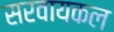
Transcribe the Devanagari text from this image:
सरवायकल